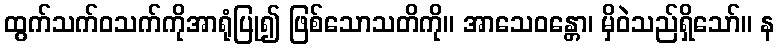
ထွက်သက်ဝသက်ကိုအာရုံပြု၍ ဖြစ်သောသတိကို။ အာသေဝန္တော၊ မှိဝဲသည်ရှိသော်။ န